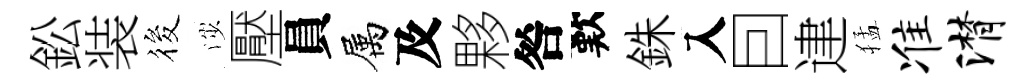
鈆装筱渉壓員属及夥咎歎銖入囙䢖猛准潸